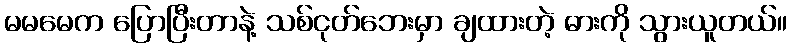
မမမေက ပြောပြီးတာနဲ့ သစ်ငုတ်ဘေးမှာ ချထားတဲ့ ဓားကို သွားယူတယ်။